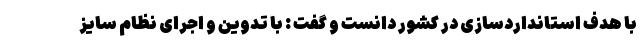
با هدف استانداردسازی در کشور دانست و گفت : با تدوین و اجرای نظام سایز